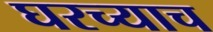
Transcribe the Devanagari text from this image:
घरच्याच